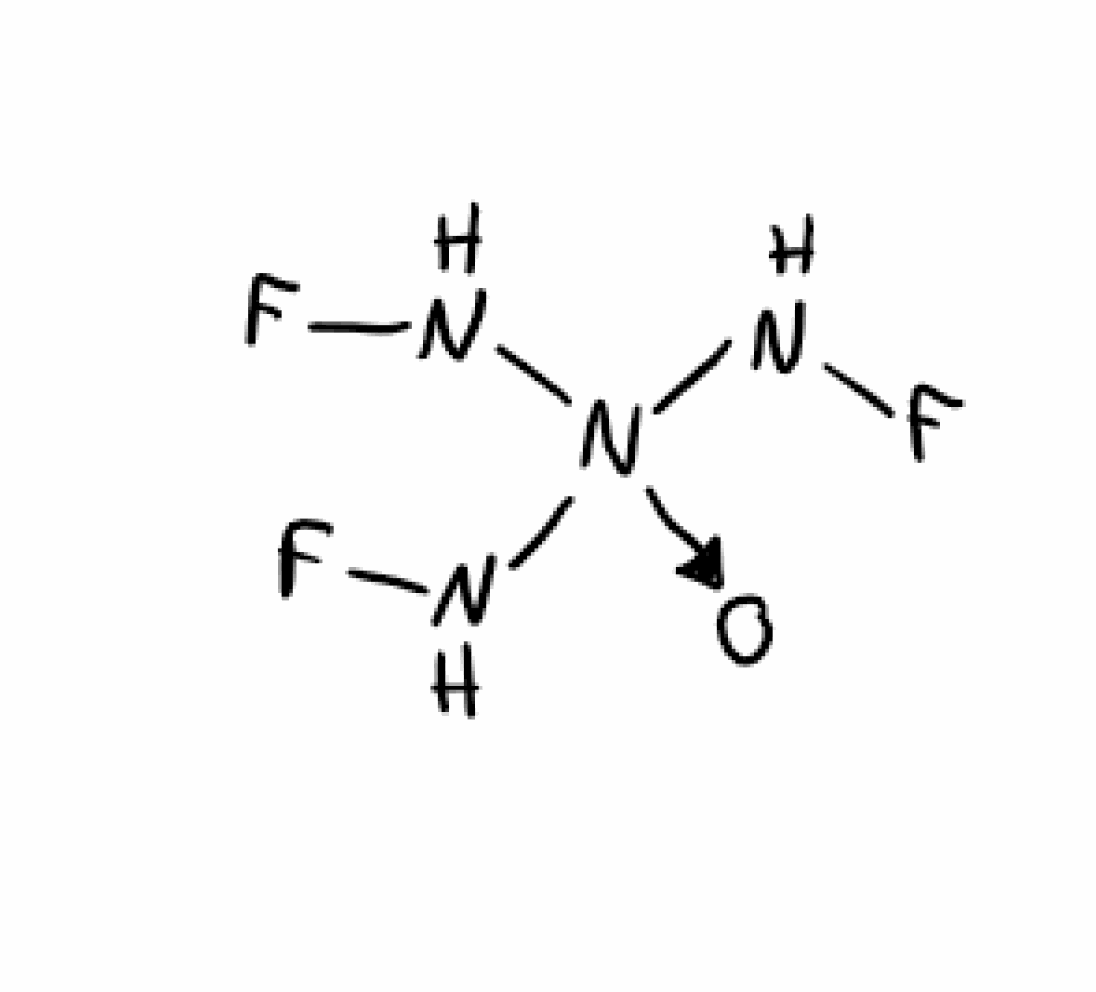
Simplified molecular-input line-entry system (SMILES) notation of the given molecule:
N([N+](NF)(NF)[O-])F